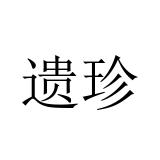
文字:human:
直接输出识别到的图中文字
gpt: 遗珍